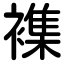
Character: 襍